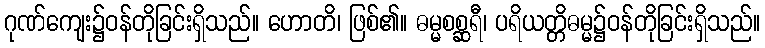
ဂုဏ်ကျေး၌ဝန်တိုခြင်းရှိသည်။ ဟောတိ၊ ဖြစ်၏။ ဓမ္မစစ္ဆရီ၊ ပရိယတ္တိဓမ္မ၌ဝန်တိုခြင်းရှိသည်။